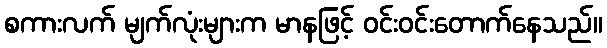
စကားလက် မျက်လုံးများက မာနဖြင့် ဝင်းဝင်းတောက်နေသည်။